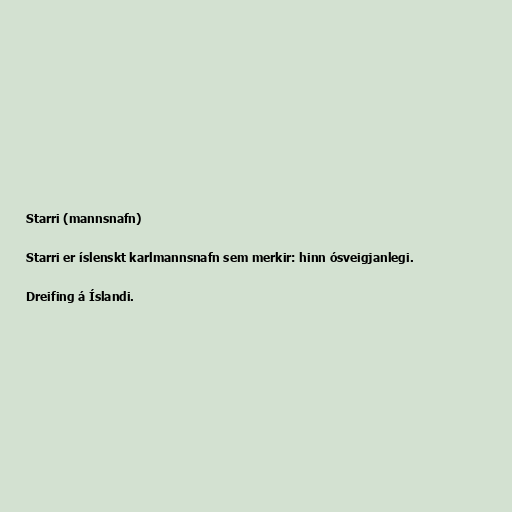
Starri (mannsnafn)

Starri er íslenskt karlmannsnafn sem merkir: hinn ósveigjanlegi.

Dreifing á Íslandi.